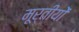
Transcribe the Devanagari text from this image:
मूर्तीयों